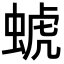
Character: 䗂